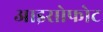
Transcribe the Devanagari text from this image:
आइसोफोट